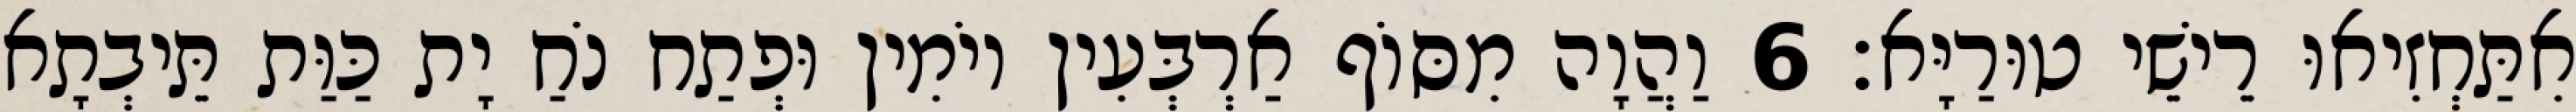
אִתַּחְזִיאוּ רֵישֵׁי טוּרַיָּא׃ 6 וַהֲוָה מִסּוֹף אַרְבְּעִין יוֹמִין וּפְתַח נֹחַ יָת כַּוַּת תֵּיבְתָא